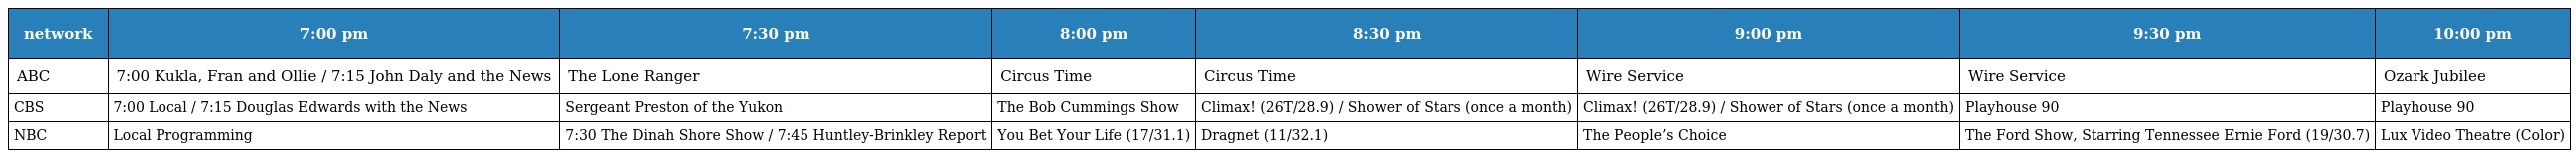
| network | 7:00 pm | 7:30 pm | 8:00 pm | 8:30 pm | 9:00 pm | 9:30 pm | 10:00 pm |
 | --- | --- | --- | --- | --- | --- | --- | --- |
 | ABC | 7:00 Kukla, Fran and Ollie / 7:15 John Daly and the News | The Lone Ranger | Circus Time | Circus Time | Wire Service | Wire Service | Ozark Jubilee |
 | CBS | 7:00 Local / 7:15 Douglas Edwards with the News | Sergeant Preston of the Yukon | The Bob Cummings Show | Climax! (26T/28.9) / Shower of Stars (once a month) | Climax! (26T/28.9) / Shower of Stars (once a month) | Playhouse 90 | Playhouse 90 |
 | NBC | Local Programming | 7:30 The Dinah Shore Show / 7:45 Huntley-Brinkley Report | You Bet Your Life (17/31.1) | Dragnet (11/32.1) | The People’s Choice | The Ford Show, Starring Tennessee Ernie Ford (19/30.7) | Lux Video Theatre (Color) |